Source: Handwritten
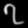
Digit: ၇ (7)